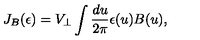
J _ { B } ( \epsilon ) = V _ { \perp } \int { \frac { d u } { 2 \pi } } \epsilon ( u ) B ( u ) ,